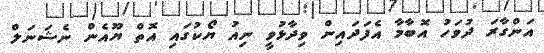
އަންގާރަ ދުވަހު އޮބާމާ އެފަދައިން ވިދާޅުވީ ނިއު ޔޯކުގައި އޮތް ޔޫއެން ނެޝަނަލް